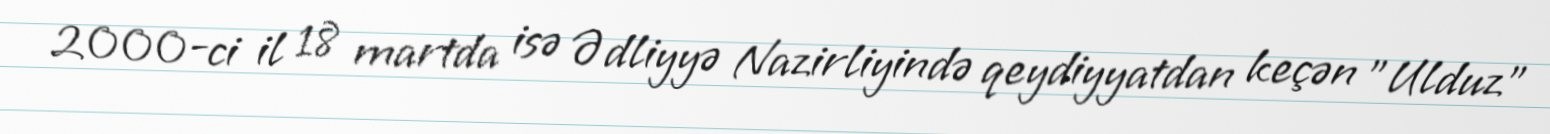
2000-ci il 18 martda isə Ədliyyə Nazirliyində qeydiyyatdan keçən "Ulduz"